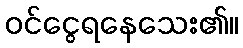
ဝင်ငွေရနေသေး၏။